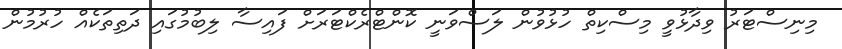
މިނިސްޓަރު ވިދާޅުވީ މިސްކިތް ހުޅުވުން ލަސްވަނީ ކޮންޓްރެކްޓަރަށް ފައިސާ ލިބުމުގައި ދަތިތަކެއް ހުރުމުން